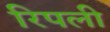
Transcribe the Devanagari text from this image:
रिपली